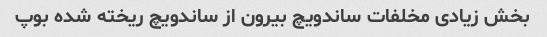
بخش زیادی مخلفات ساندویچ بیرون از ساندویچ ریخته شده بوپ